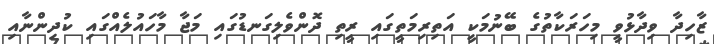
ޒާހިދާ ވިދާޅުވީ މިހަރަކާތުގެ ބޭނުމަކީ އަތިރިމަތީގައި ރީތި ދޮންވެލިގަނޑުގައި މަޖާ މާހައުލެއްގައި ކުދިންނާއި